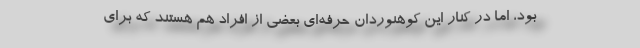
بود، اما در کنار این کوهنوردان حرفه‌ای بعضی از افراد هم هستند که برای